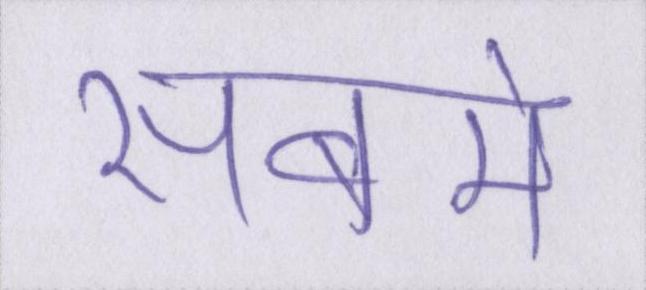
सबमे